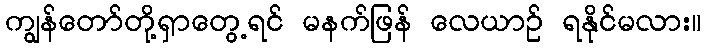
ကျွန်တော်တို့ရှာတွေ့ရင် မနက်ဖြန် လေယာဉ် ရနိုင်မလား။